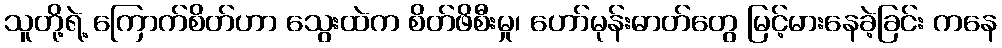
သူတို့ရဲ့ ကြောက်စိတ်ဟာ သွေးထဲက စိတ်ဖိစီးမှု၊ ဟော်မုန်းဓာတ်တွေ မြင့်မားနေခဲ့ခြင်း ကနေ